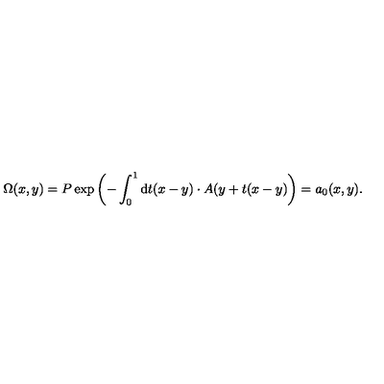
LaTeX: \Omega ( x , y ) = P \exp \left( - \int _ { 0 } ^ { 1 } \mathrm { d } t ( x - y ) \cdot A ( y + t ( x - y ) \right) = a _ { 0 } ( x , y ) .